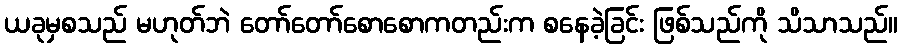
ယခုမှစသည် မဟုတ်ဘဲ တော်တော်စောစောကတည်းက စနေခဲ့ခြင်း ဖြစ်သည်ကို သိသာသည်။